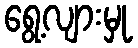
ရွေ့လျားမှု